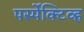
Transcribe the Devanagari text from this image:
पर्स्पेक्टिव्ह